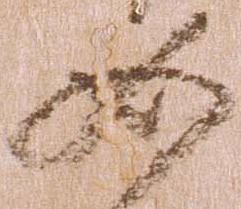
如